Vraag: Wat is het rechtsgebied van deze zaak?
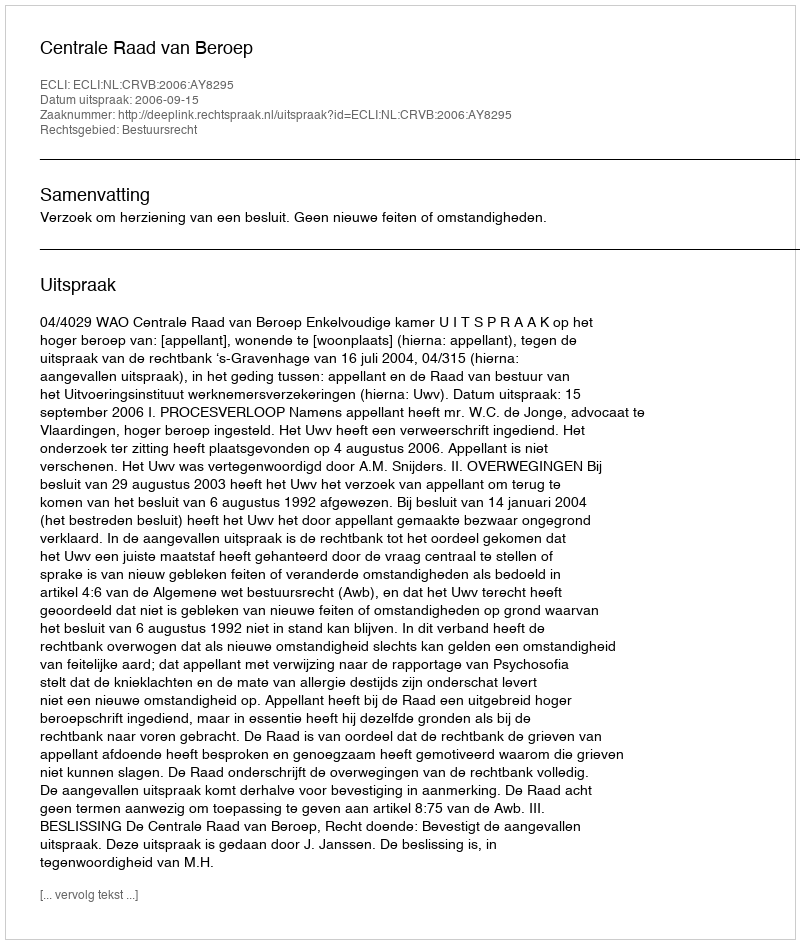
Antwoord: Bestuursrecht